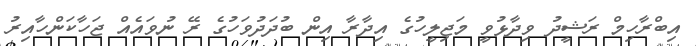
އިބްރާހިމް ރަޝީދު ވިދާޅުވީ މަޖިލީހުގެ އިދާރާ އިން ބުދަދުވަހުގެ ރޭ ނުވައެއް ޖަހާކަންހާއިރު